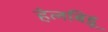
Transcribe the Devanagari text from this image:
हेलबिड़ू